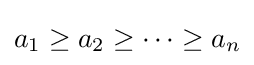
a_{1}\geq a_{2}\geq \cdots \geq a_{n}